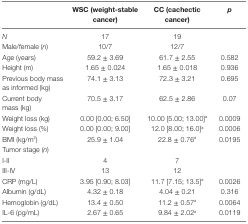
|  | WSC (weight-stable cancer) | CC (cachectic cancer) | p |
 | --- | --- | --- | --- |
 | N | 17 | 19 |  |
 | Male/female (n) | 10/7 | 12/7 |  |
 | Age (years) | 59.2 ± 3.69 | 61.7 ± 2.55 | 0.582 |
 | Height (m) | 1.65 ± 0.024 | 1.65 ± 0.018 | 0.936 |
 | Previous body mass as informed (kg) | 74.1 ± 3.13 | 72.3 ± 3.21 | 0.695 |
 | Current body  mass (kg) | 70.5 ± 3.17 | 62.5 ± 2.86 | 0.07 |
 | Weight loss (kg) | 0.00 [0.00; 6.50] | 10.00 [5.00; 13.00]a | 0.0009 |
 | Weight loss (%) | 0.00 [0.00; 9.00] | 12.0 [8.00; 16.0]a | 0.0006 |
 | BMI (kg/m2) | 25.9 ± 1.04 | 22.8 ± 0.76a | 0.0195 |
 | Tumor stage (n) |  |  |  |
 | I-II | 4 | 7 |  |
 | III-IV | 13 | 12 |  |
 | CRP (mg/L) | 3.95 [0.90; 8.03] | 11.7 [7.15; 13.5]a | 0.0026 |
 | Albumin (g/dL) | 4.32 ± 0.18 | 4.04 ± 0.21 | 0.316 |
 | Hemoglobin (g/dL) | 13.4 ± 0.50 | 11.2 ± 0.57a | 0.0064 |
 | IL-6 (pg/mL) | 2.67 ± 0.65 | 9.84 ± 2.02a | 0.0119 |